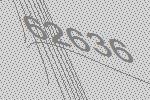
62636